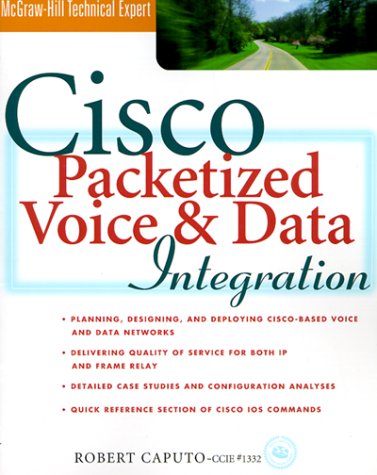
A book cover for Cisco Packetized Voice & Data Integration; Robert Caputo; Computers & Technology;